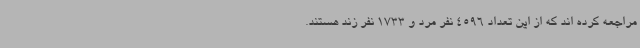
مراجعه کرده اند که از این تعداد 4596 نفر مرد و 1733 نفر زند هستند.